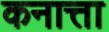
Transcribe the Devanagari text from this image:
कनात्ता